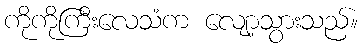
ကိုကိုကြီးလေသံက လျော့သွားသည်။